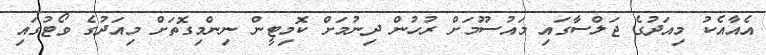
އެއާއެކު މިއަދުގެ ޖަލްސާގައި މައުސޫމަށް ރުހުން ދިނުމަށް ކޮމިޓީން ނިންމިގޮތަށް މިއަދުގެ ވޯޓުގައި